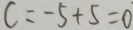
c = - 5 + 5 = 0